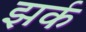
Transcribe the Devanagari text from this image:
झर्क